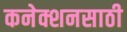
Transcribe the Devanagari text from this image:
कनेक्शनसाठी